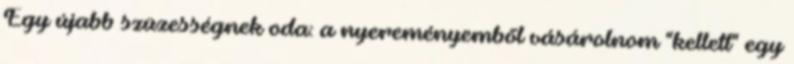
Egy újabb szüzességnek oda: a nyereményemből vásárolnom "kellett" egy